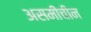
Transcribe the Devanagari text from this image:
असमीचीन